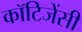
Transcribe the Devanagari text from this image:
कॉटिजेंसी